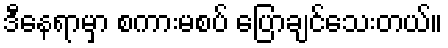
ဒီနေရာမှာ စကားမစပ် ပြောချင်သေးတယ်။